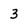
Character: 3